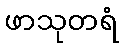
ဖာသုတရံ